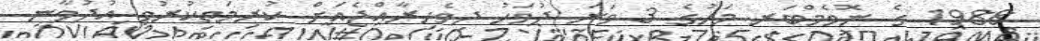
1988 ގެ ނޮވެމްބަރ މަހުގެ 3 ވަނަ ދުވަހު ދިވެހިރާއްޖެއަށް ކުރިމަތިކުރުވި އުދުވާނީ